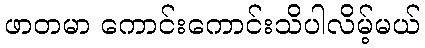
ဖာတမာ ကောင်းကောင်းသိပါလိမ့်မယ်